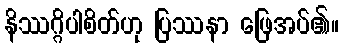
နိဿဂ္ဂိပါစိတ်ဟု ပြဿနာ ဖြေအပ်၏။